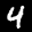
Label: 4